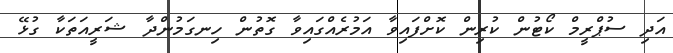
އަދި ސުޕްރީމް ކޯޓުން ކުރިން ކޮށްފައިވާ އަމުރެއްގައިވާ ގޮތުން ހިނގަމުންދާ ޝަރީއަތަކާ ގުޅޭ